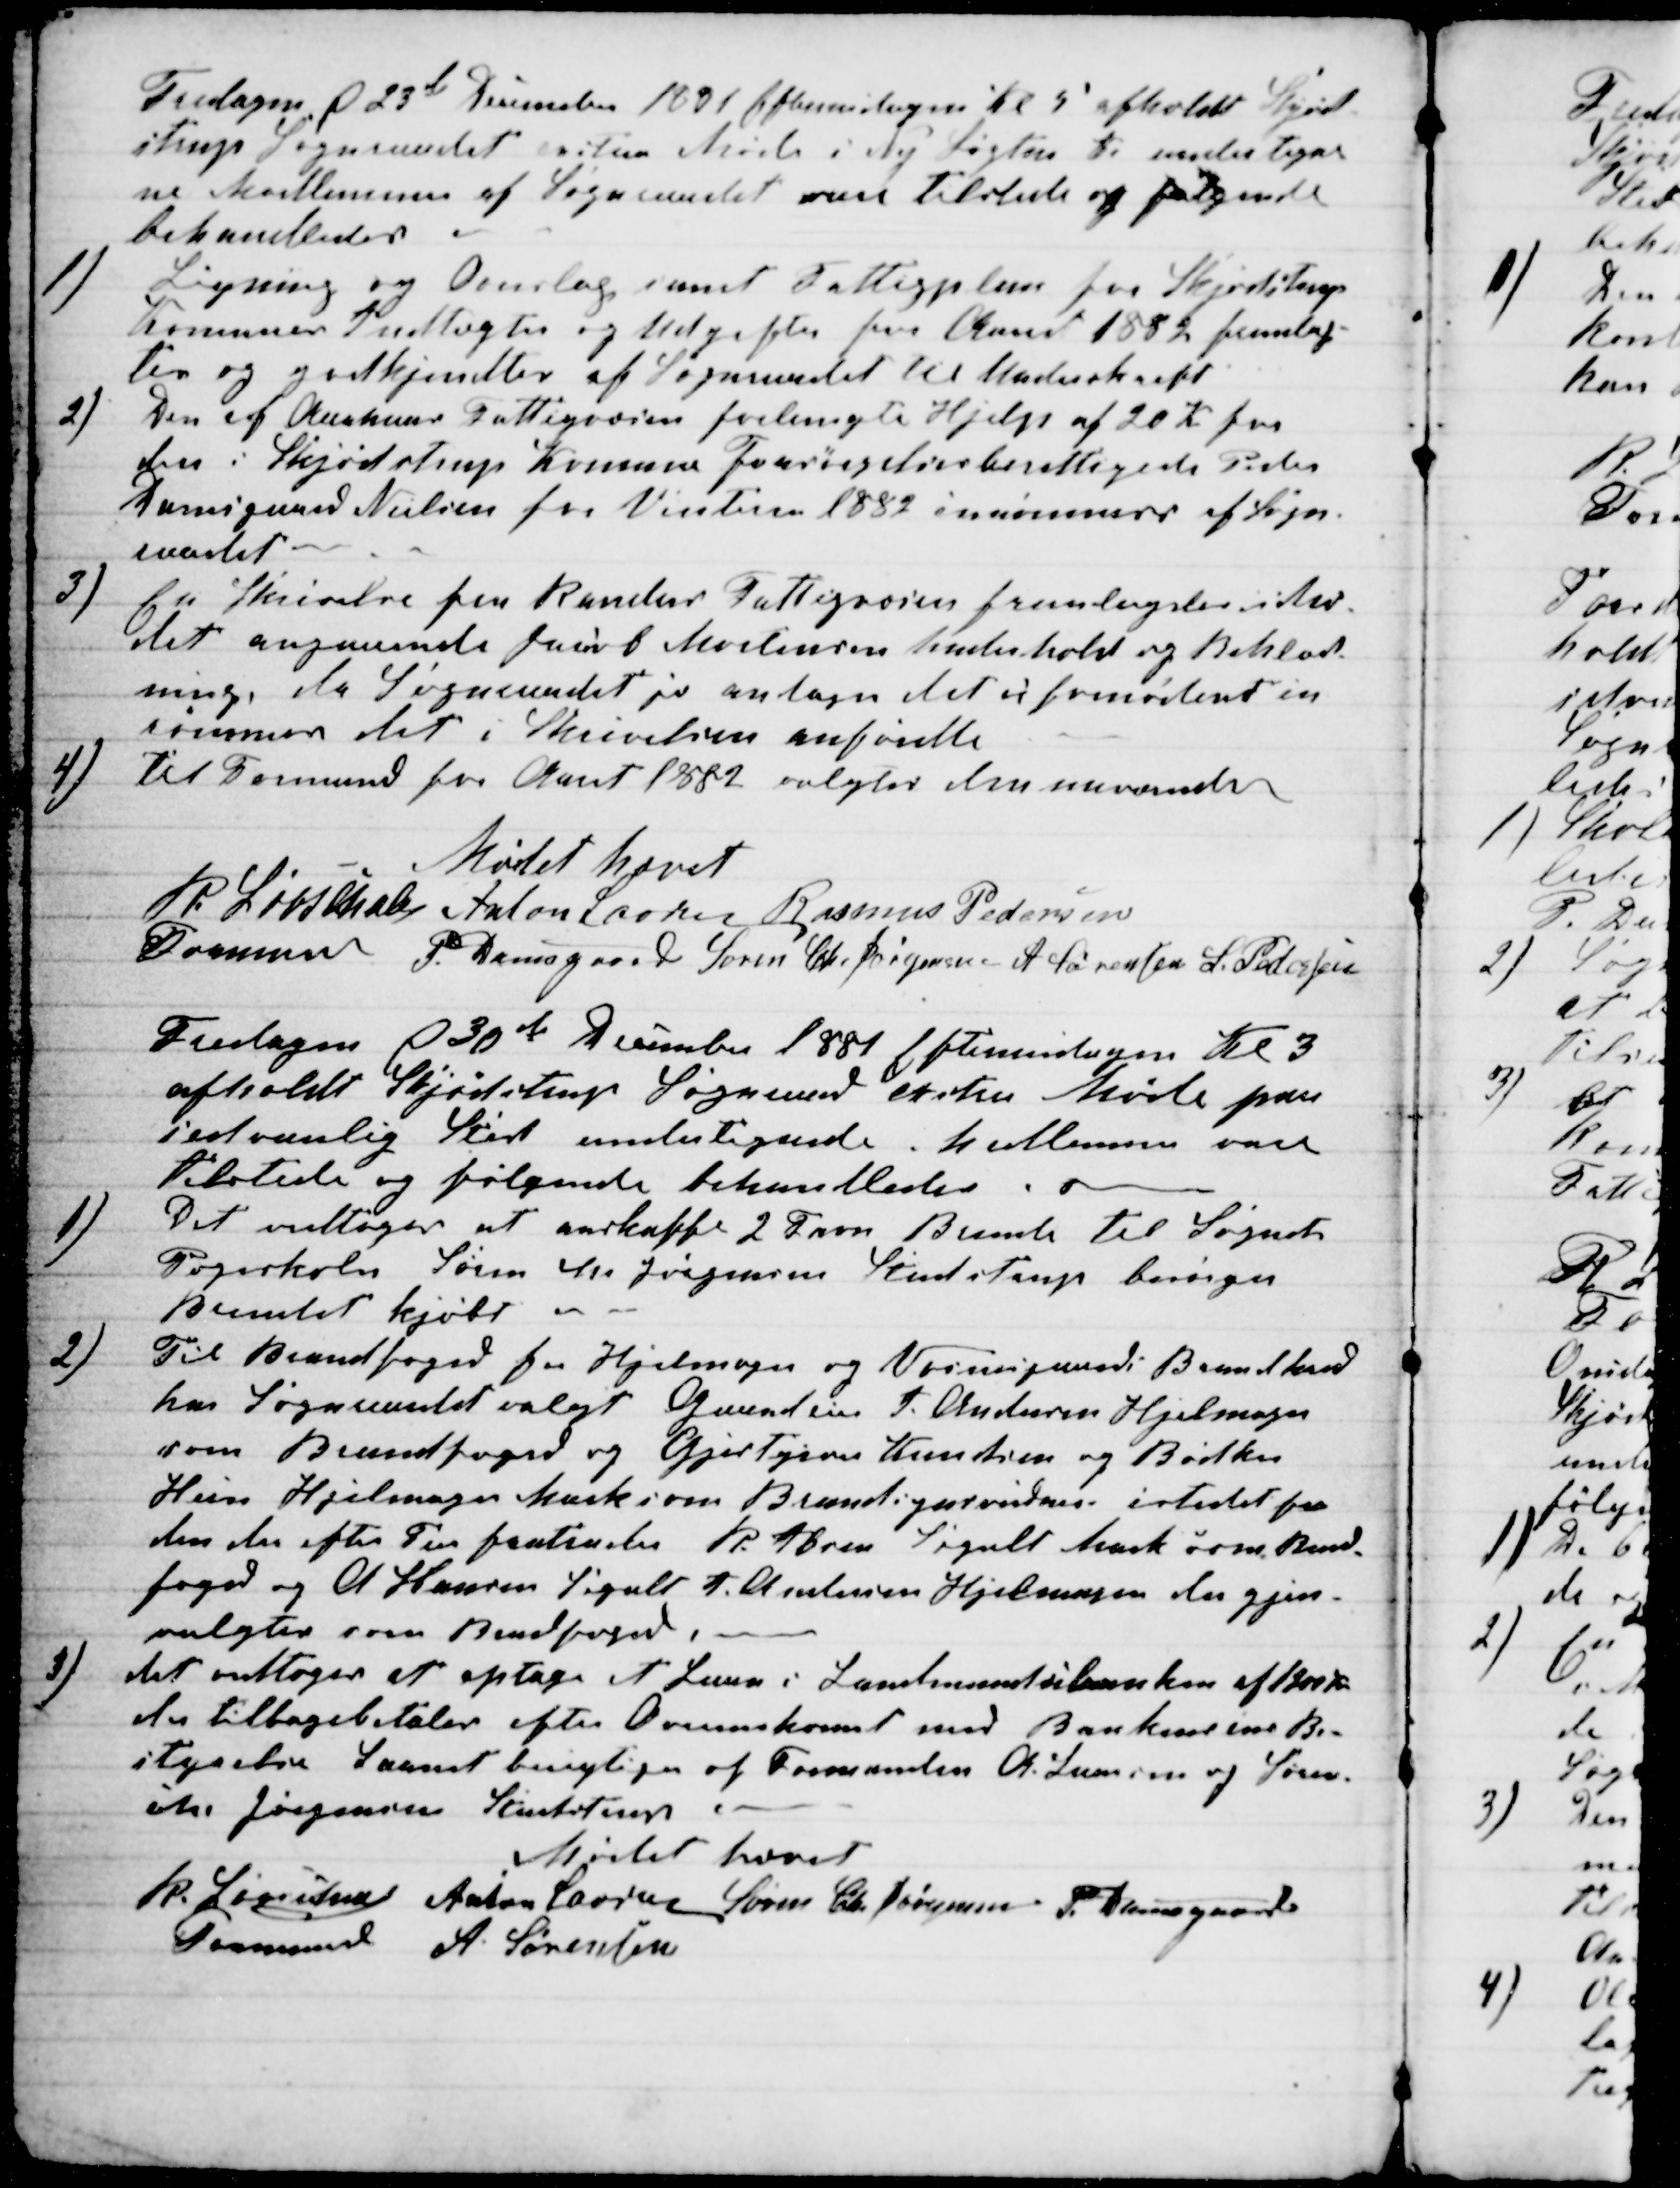
Transskription:
Fredagen d 23de December 1881 Eftermidagen Kl 5 afholdt Skjød-
strup Sogneraadet exstra Møde i Ny Løgten Kro undertegn-
ne Medlemmer af Sogneraadet vare tilstede og følgende
behandledes 
1)
Ligning og Overslag samt Fattigplan for Skjødstrup
Komunes Indtægter og Udgifter for Aaret 1882 fremlag-
tes og godkjendtes af Sogneraadet til Underskrift
2)
Den af Aarhus Fattigvæsen forlangte Hjelp af 20 Kr for
den i Skjødstrup Komune Forsørgelsesberettigede Peder
Damsgaard Nielsen for Vinteren 1882 inrømmedes af Sogn-
raadet
3)
En Skrivelse fra Randers Fattigvæsen fremlagdes i Mø-
det angaaende Jacob Mortensen Underhold og Beklæd-
ning, da Sogneraadet jo antager det er fornødent in
rømmes det i Skrivelsen anførdte
4) til Formand for Aaret 1882 valgtes den nuværende
Mødet hævet
R. Løvschall 
Formand
Anton Laursen Rasmus Pedersen
P. Damsgaard Søren Chr Jørgensen A Sørensen S. Pedersen
Fredagen d 30te December 1881 Eftermidagen Kl 3
afholdt Skjødstrup Sogneraad exstra Møde paa
sedvanlig Sted undertegnede Medlemmer vare
tilstede og følgende behandledes.
1)
Det vedtoges at anskaffe 2 Favn Brende til Sognets
Pogeskoler Søren Chr Jørgensen Studstrup besørger
Brendet kjøbt 
2)
Til Brandfoged for Hjelmager og Vosnesgaard Brandkreds
har Sogneraadet valgt Gaardeier J. Andersen Hjelmager
som Brandfoged og Gaardeierne Knudsen og Bødker
Hein Hjelmager Mark som Brandsynsvidner istedet for
dem der efter Tur fratræder R. Ibsen Segalt Mark som Brand-
foged og A Hansen Segalt J. Andersen Hjelmager der gjen-
valgtes som Brandfoged.
3)
det vedtoges at optage et Laan i Landmandsbanken af 1200 Kr
der tilbagebetales efter Overenskomst med Bankernes Be-
styrelse Laanet berigtiges af Formanden A. Laursen og Søren
Chr Jørgensen Studstrup
Mødet hævet
R. Løvschall
Formand 
Anton Laursen Søren Chr. Sørensen P. Damsgaard
 A. Sørensen